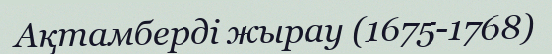
Ақтамберді жырау (1675-1768)